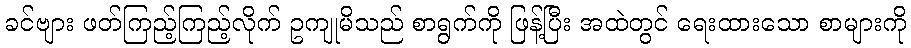
ခင်ဗျား ဖတ်ကြည့်ကြည့်လိုက် ဥကျုမိသည် စာရွက်ကို ဖြန့်ပြီး အထဲတွင် ရေးထားသော စာများကို